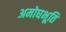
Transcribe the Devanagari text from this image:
अमोघभूति